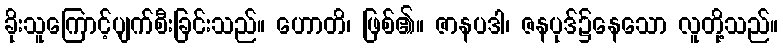
ခိုးသူကြောင့်ပျက်စီးခြင်းသည်။ ဟောတိ၊ ဖြစ်၏။ ဇာနပဒါ၊ ဇနပုဒ်၌နေသော လူတို့သည်။